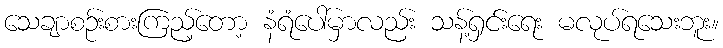
သေချာစဉ်းစားကြည့်တော့ နံရံပေါ်မှာလည်း သန့်ရှင်းရေး မလုပ်ရသေးဘူး။